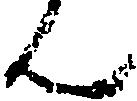
ん